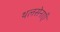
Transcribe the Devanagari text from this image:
थलसेनाएँ